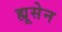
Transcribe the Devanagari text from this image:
ह्यूसेन